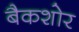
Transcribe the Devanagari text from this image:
बैकशोर